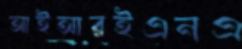
আইআরইএনএ